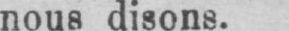
nous disons.